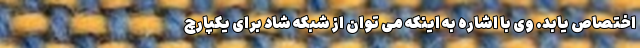
اختصاص یابد. وی با اشاره به اینکه می توان از شبکه شاد برای یکپارچ